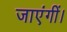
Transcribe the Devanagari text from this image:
जाएंगीं।